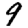
Digit: 9